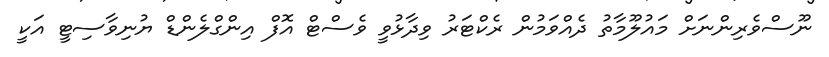
ނޫސްވެރިންނަށް މައުލޫމާތު ދެއްވަމުން ރެކްޓަރު ވިދާޅުވީ ވެސްޓް އޮފް އިންގްލެންޑް ޔުނިވާސިޓީ އަކީ